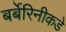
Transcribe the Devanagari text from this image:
बर्बेरिनीकडे